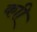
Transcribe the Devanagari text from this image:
काी